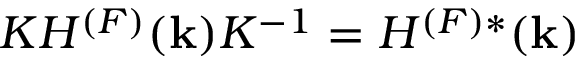
{ \cal K } H ^ { ( F ) } ( { \bf k } ) { \cal K } ^ { - 1 } = H ^ { ( F ) * } ( { \bf k } )